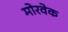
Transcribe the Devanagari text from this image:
मोरवेक